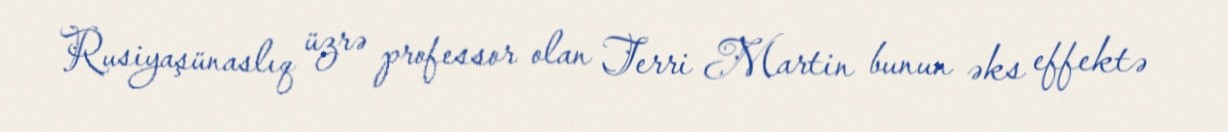
Rusiyaşünaslıq üzrə professor olan Terri Martin bunun əks effektə